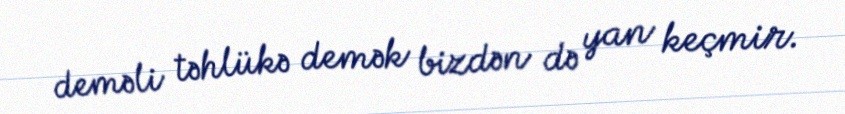
deməli təhlükə demək bizdən də yan keçmir.